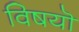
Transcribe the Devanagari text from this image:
विषयॊ